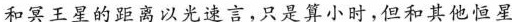
和冥王星的距离以光速言，只是算小时，但和其他恒星